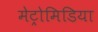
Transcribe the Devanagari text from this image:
मेट्रोमिडिया